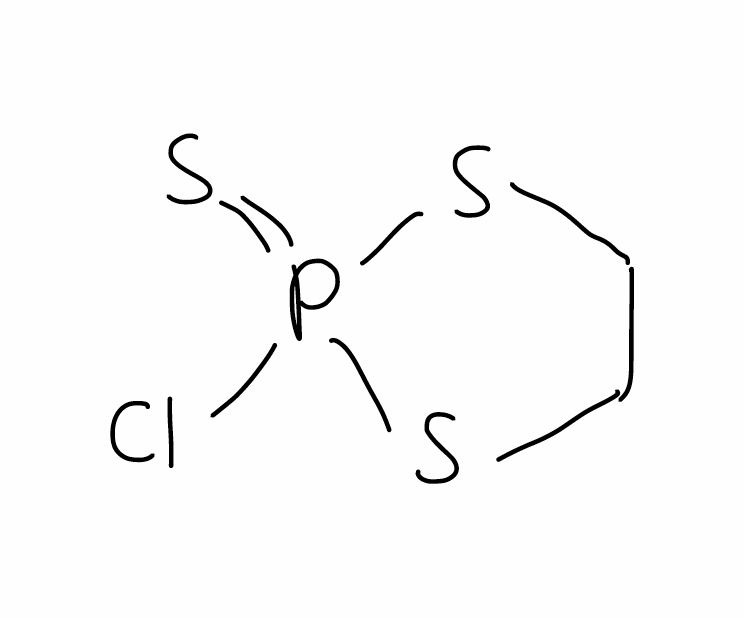
Simplified molecular-input line-entry system (SMILES) notation of the given molecule:
C1CSP(=S)(S1)Cl